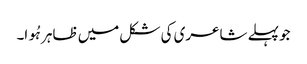
جو پہلے شاعری کی شکل میں ظاہر ہُوا۔